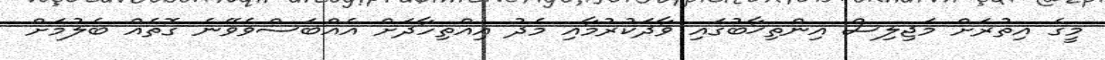
މީގެ އިތުރަށް މަޖިލިސް އިންތިޚާބުގައި ވާދަކުރުމާއި މެދު އިއްތިހާދަށް އެއްބަސްވެވޭނެ ގޮތެއް ބެލުމަށް